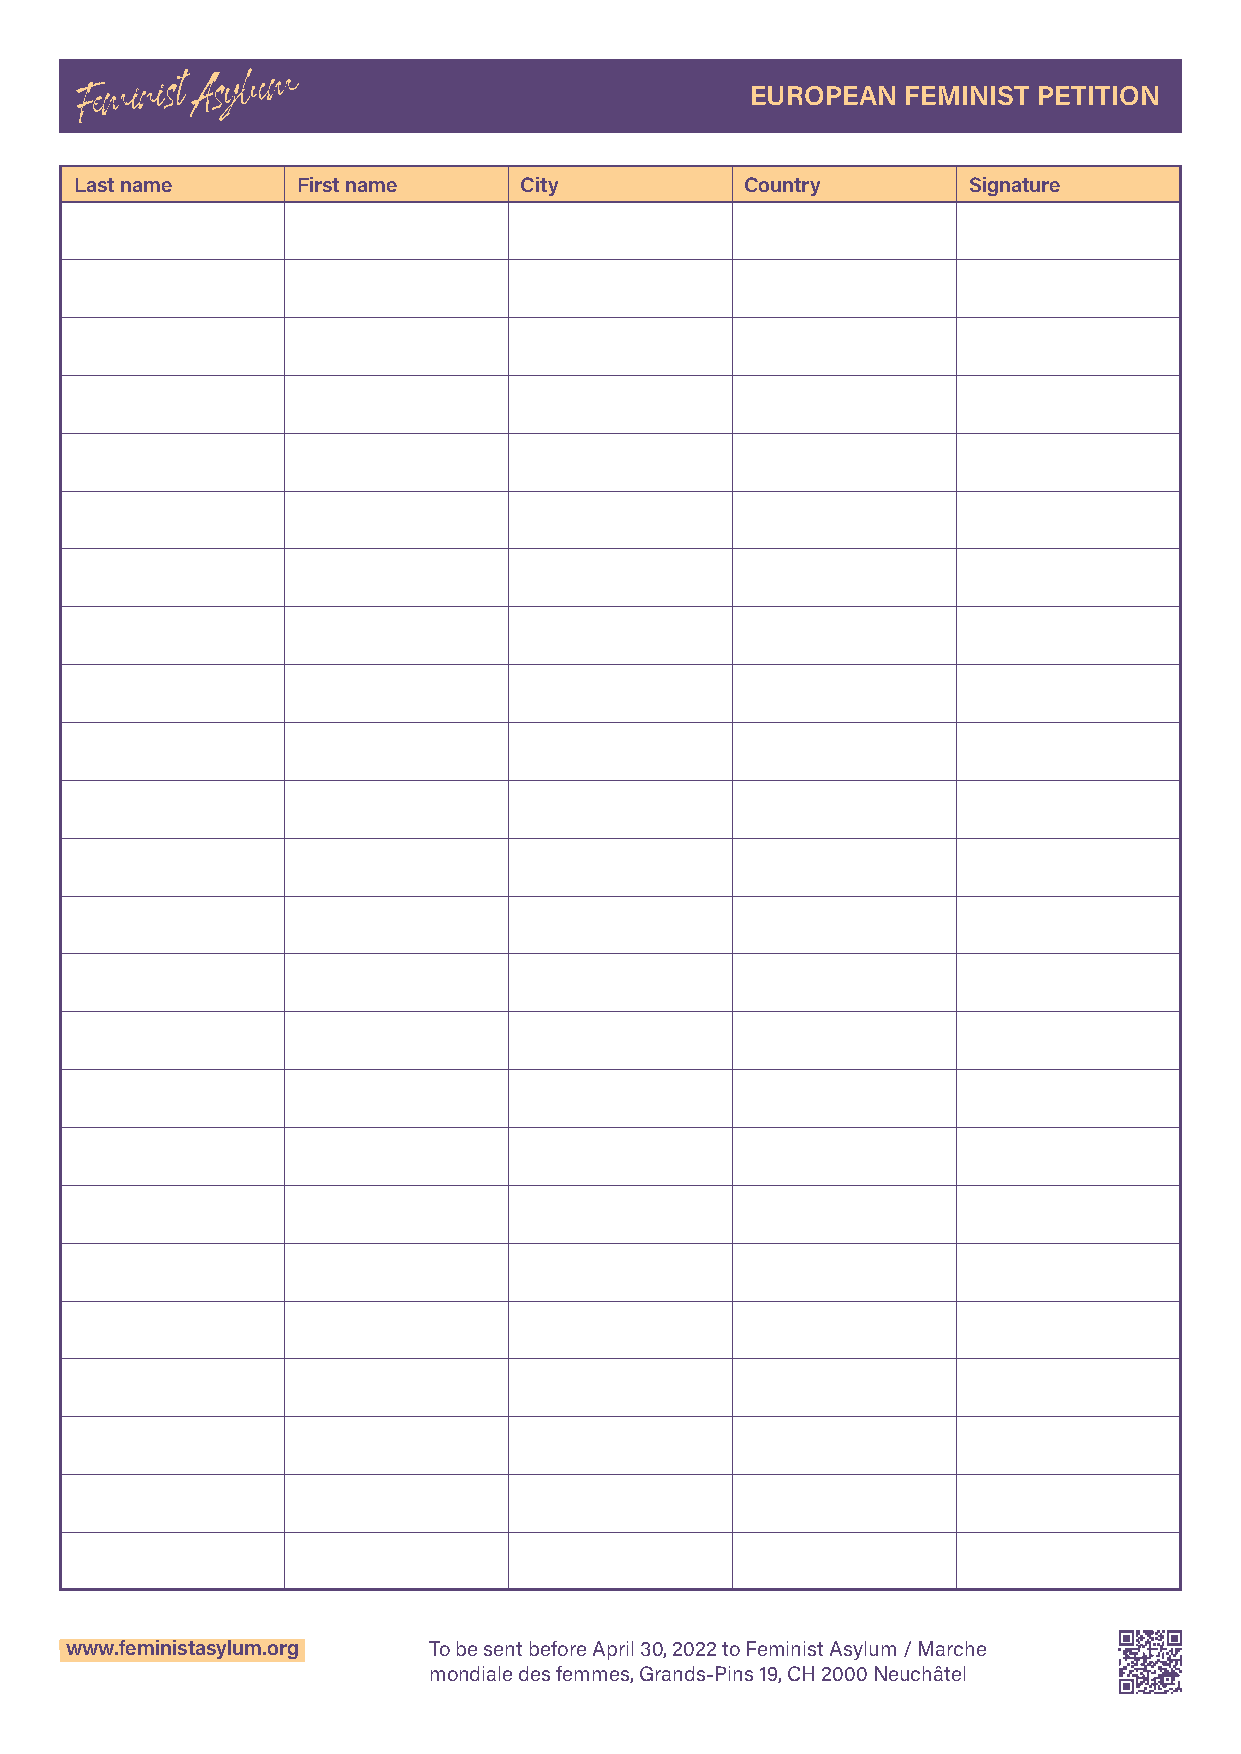
EUROPEAN  FEMINIST PETITION
 Last name      First name    City           Country        Signature
 www.feministasylum.org  To be sent before April 30, 2022 to Feminist Asylum / Marche
 mondiale des femmes, Grands-Pins 19, CH 2000 Neuchâtel